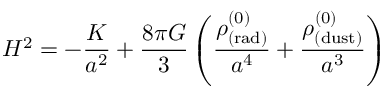
H ^ { 2 } = - \frac { K } { a ^ { 2 } } + \frac { 8 \pi G } { 3 } \left( \frac { \rho _ { \mathrm { ( r a d ) } } ^ { ( 0 ) } } { a ^ { 4 } } + \frac { \rho _ { \mathrm { ( d u s t ) } } ^ { ( 0 ) } } { a ^ { 3 } } \right)